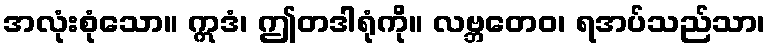
အလုံးစုံသော။ ဣဒံ၊ ဤတဒါရုံကို။ လဗ္ဘတေဝ၊ ရအပ်သည်သာ၊